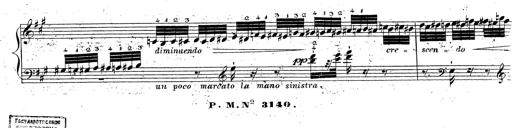
Title: Grande fantaisie sur la tyrolienne de l'opÃ©ra
Composer: Franz Liszt
Key: A major